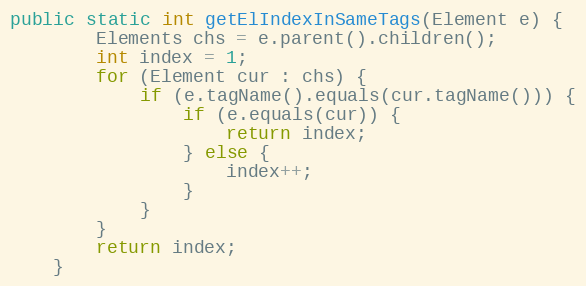
Language: Java
public static int getElIndexInSameTags(Element e) {
        Elements chs = e.parent().children();
        int index = 1;
        for (Element cur : chs) {
            if (e.tagName().equals(cur.tagName())) {
                if (e.equals(cur)) {
                    return index;
                } else {
                    index++;
                }
            }
        }
        return index;
    }